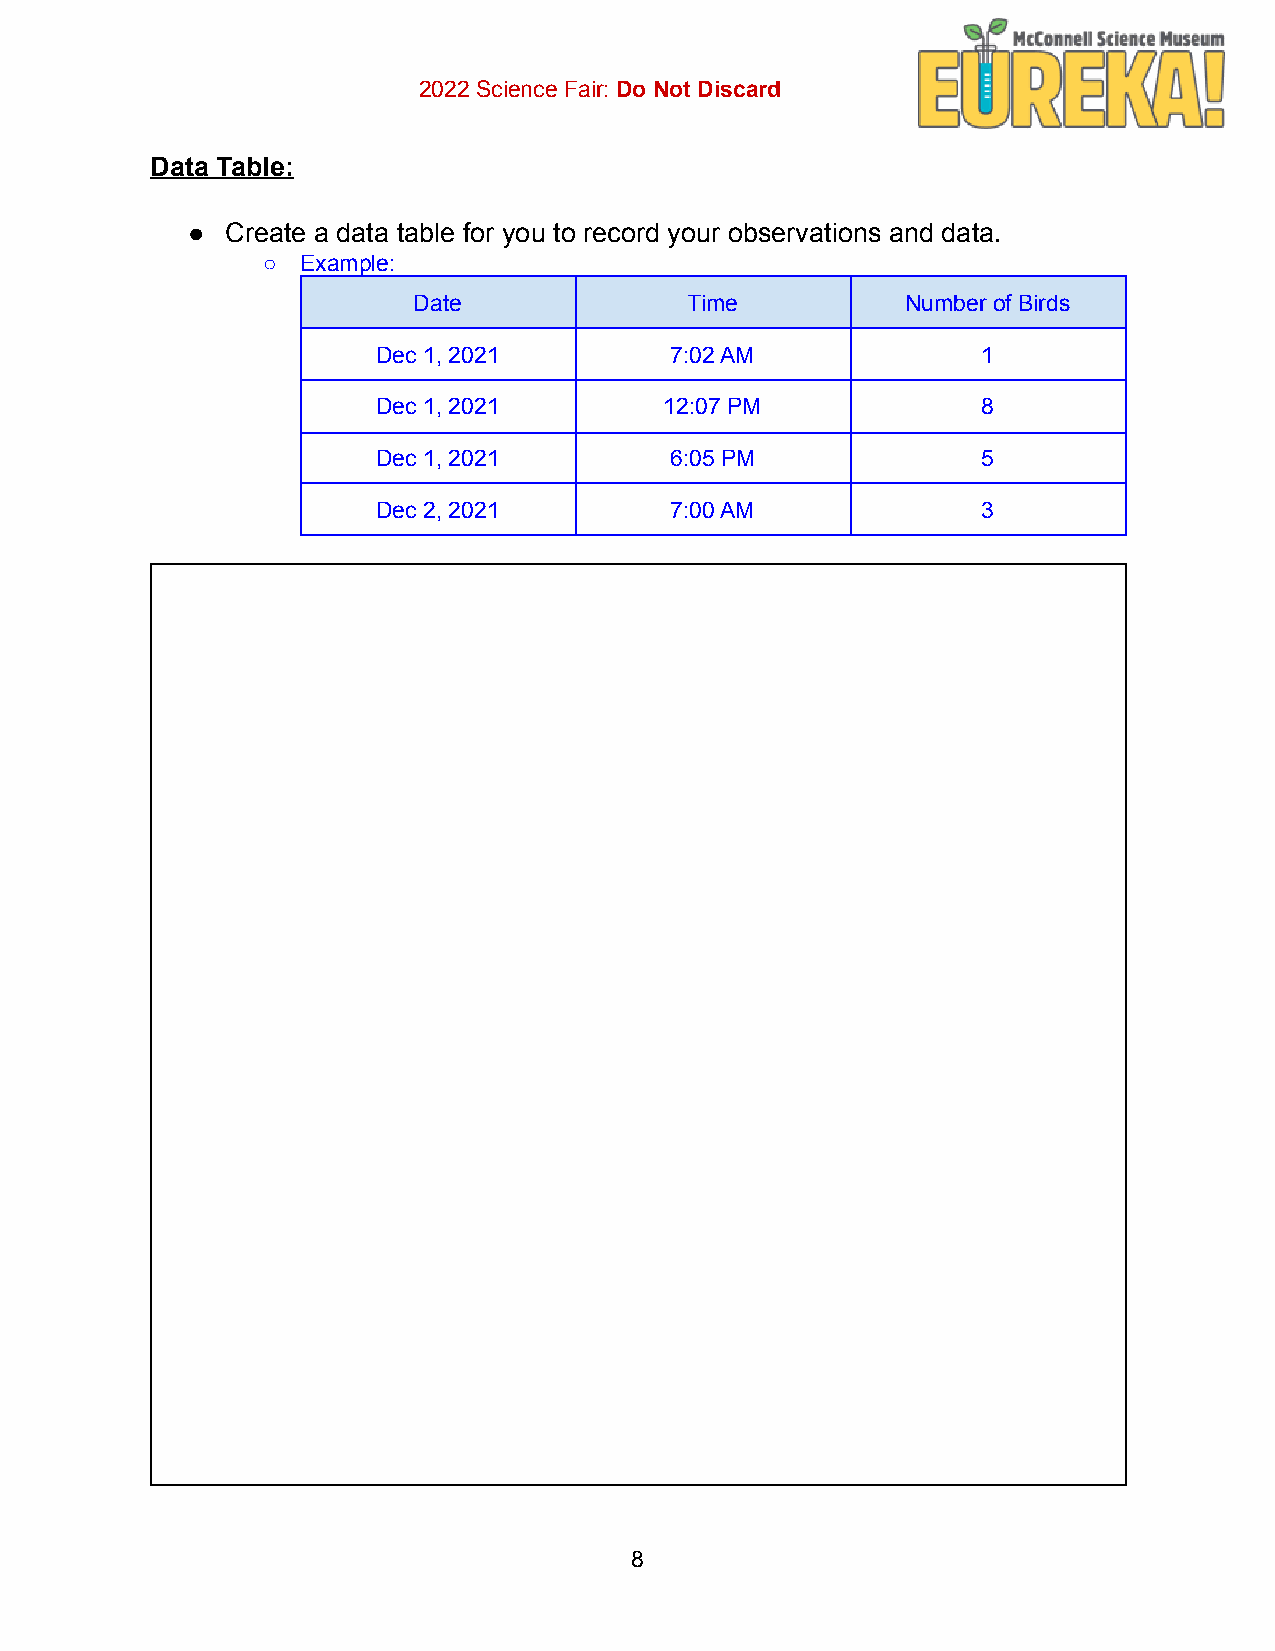
2022 Science Fair: Do Not Discard
 Data Table:
 ●  Create a data table for you to record your observations and data.
 ○  Example:
 Date               Time          Number of Birds
 Dec 1, 2021        7:02 AM              1
 Dec 1, 2021        12:07 PM             8
 Dec 1, 2021        6:05 PM              5
 Dec 2, 2021        7:00 AM              3
 8